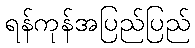
ရန်ကုန်အပြည်ပြည်